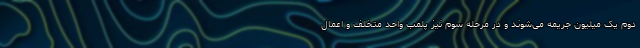
دوم یک میلیون جریمه می‌شوند و در مرحله سوم نیز پلمب واحد متخلف و اعمال